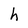
Character: h